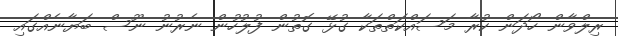
ރިލްވާން ހޯދަން ކުރާ މަސައްކަތްތަކާ ގުޅޭ ގޮތުން ފުލުހުން ނެރުނު ނޫސް ބަޔާނެއްގައި